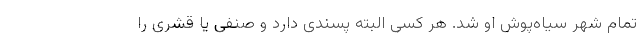
تمام شهر سیاه‌پوش او شد. هر کسی البته پسندی دارد و صنفی یا قشری را